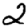
Digit: 2